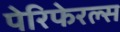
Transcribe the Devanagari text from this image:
पेरिफेरल्स